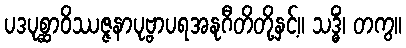
ပဒပုစ္ဆာဝိဿဇ္ဇနာပုဗ္ဗာပရအနုဂီတိတို့နှင့်။ သဒ္ဓိံ၊ တကွ။